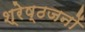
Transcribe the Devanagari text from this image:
श्रेष्ठजनों